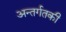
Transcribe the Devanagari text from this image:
अन्तर्गतकी